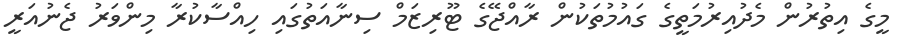
މީގެ އިތުރުން މެދުއިރުމަތީގެ ގައުމުތަކުން ރާއްޖޭގެ ޓޫރިޒަމް ސިނާއަތުގައި ހިއްސާކުރާ މިންވަރު ޖެނުއަރީ